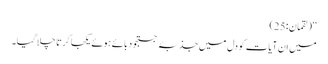
‘‘ (لقمان:25)
میں ان آیات کو دل میں جذبۂ جستجو دبائے ہوئے یکجا کرتا چلا گیا۔